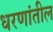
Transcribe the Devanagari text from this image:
धरणांतील